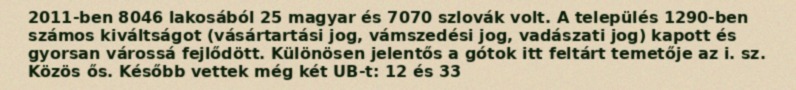
2011-ben 8046 lakosából 25 magyar és 7070 szlovák volt. A település 1290-ben számos kiváltságot (vásártartási jog, vámszedési jog, vadászati jog) kapott és gyorsan várossá fejlődött. Különösen jelentős a gótok itt feltárt temetője az i. sz. Közös ős. Később vettek még két UB-t: 12 és 33